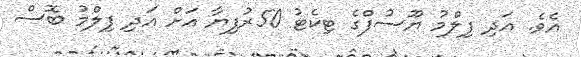
އެވެ. އަދި ފިލްމު ޔޫސުފްގެ ޓިކެޓު 50ރުފިޔާ އަށް އަދި ފިލްމު ބޮސް